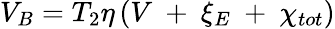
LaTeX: {{V}_{B}}={{T}_{2}}\eta\left(V\mathrm{~+~}{{\xi}_{E}}\mathrm{~+~}{{\chi}_{tot}}\right)